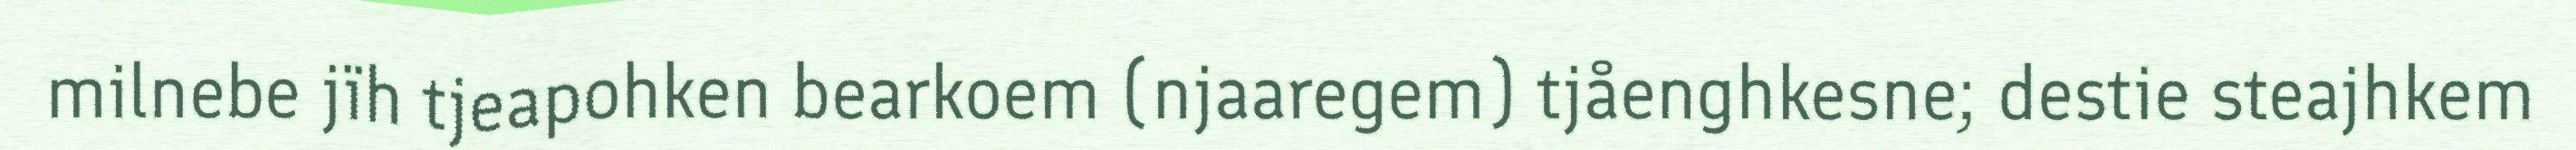
milnebe jïh tjeapohken bearkoem (njaaregem) tjåenghkesne; destie steajhkem